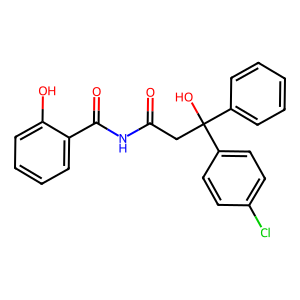
SMILES: O=C(CC(O)(c1ccccc1)c1ccc(Cl)cc1)NC(=O)c1ccccc1O
Inhibits HIV replication: No